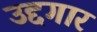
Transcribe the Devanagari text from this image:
उद्दगार